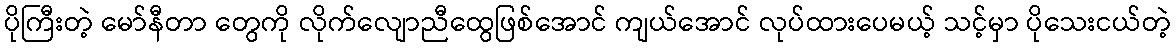
ပိုကြီးတဲ့ မော်နီတာ တွေကို လိုက်လျောညီထွေဖြစ်အောင် ကျယ်အောင် လုပ်ထားပေမယ့် သင့်မှာ ပိုသေးငယ်တဲ့